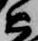
近